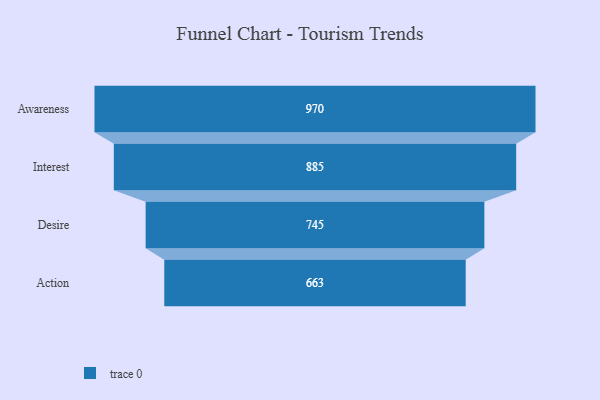
{"axis": {"x": "Stage", "y": "Value"}, "legend": [""], "data": [{"x": "Awareness", "y": 970.0, "type": ""}, {"x": "Interest", "y": 885.0, "type": ""}, {"x": "Desire", "y": 745.0, "type": ""}, {"x": "Action", "y": 663.0, "type": ""}]}